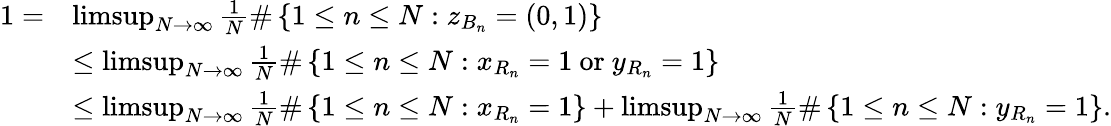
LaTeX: \begin{array}{rl}{1=}&{\operatorname*{limsup}_{N\to\infty}\frac{1}{N}\# \left\{ 1\leq n\leq N:z_{B_{n}}=(0,1)\right\} }\\ &{\leq\operatorname*{limsup}_{N\to\infty}\frac{1}{N}\# \left\{ 1\leq n\leq N:x_{R_{n}}=1\mathrm{~or~}y_{R_{n}}=1\right\} }\\ &{\leq\operatorname*{limsup}_{N\to\infty}\frac{1}{N}\# \left\{ 1\leq n\leq N:x_{R_{n}}=1\right\} +\operatorname*{limsup}_{N\to\infty}\frac{1}{N}\# \left\{ 1\leq n\leq N:y_{R_{n}}=1\right\} .}\end{array}